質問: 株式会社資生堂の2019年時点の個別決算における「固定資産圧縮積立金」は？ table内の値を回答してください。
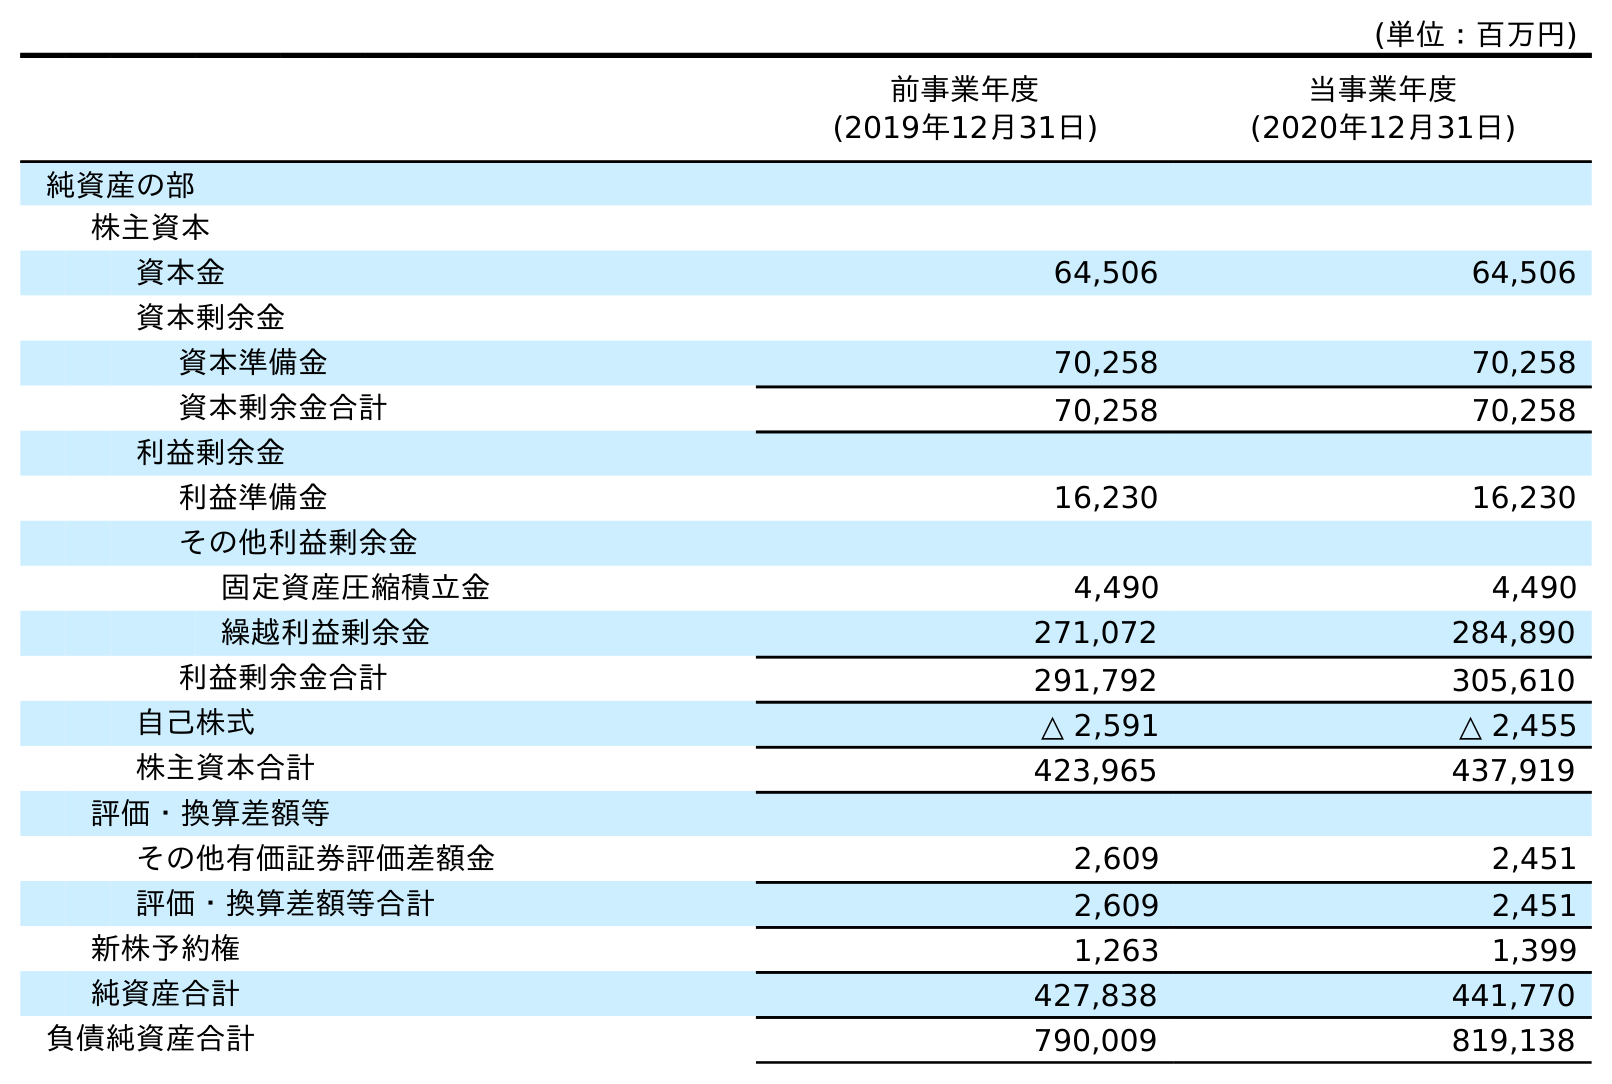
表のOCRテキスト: (単位：百万円) 前事業年度 (2019年12月31日) 当事業年度 (2020年12月31日) 純資産の部 株主資本 資本金 64,506 64,506 資本剰余金 資本準備金 70,258 70,258 資本剰余金合計 70,258 70,258 利益剰余金 利益準備金 16,230 16,230 その他利益剰余金 固定資産圧縮積立金 4,490 4,490 繰越利益剰余金 271,072 284,890 利益剰余金合計 291,792 305,610 自己株式 △ 2,591 △ 2,455 株主資本合計 423,965 437,919 評価・換算差額等 その他有価証券評価差額金 2,609 2,451 評価・換算差額等合計 2,609 2,451 新株予約権 1,263 1,399 純資産合計 427,838 441,770 負債純資産合計 790,009 819,138
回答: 4,490